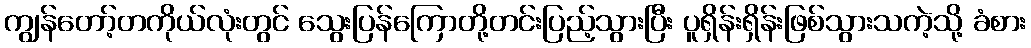
ကျွန်တော့်တကိုယ်လုံးတွင် သွေးပြန်ကြောတို့တင်းပြည့်သွားပြီး ပူရှိန်းရှိန်းဖြစ်သွားသကဲ့သို့ ခံစား